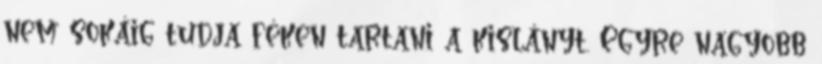
nem sokáig tudja féken tartani a kislányt. Egyre nagyobb